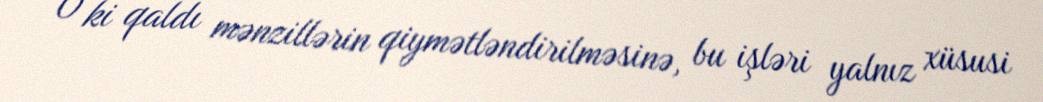
O ki qaldı mənzillərin qiymətləndirilməsinə, bu işləri yalnız xüsusi